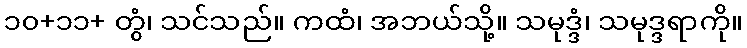
၁၀+၁၁+ တွံ၊ သင်သည်။ ကထံ၊ အဘယ်သို့။ သမုဒ္ဒံ၊ သမုဒ္ဒရာကို။